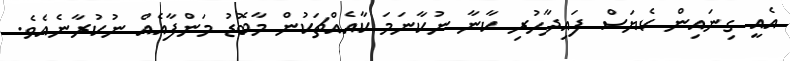
އެއީ ގިނައިން ކެޔަސް ފައިދާހުރި ކާނާ ނުކާނަމަ ކާއެއްޗަކުން މާބޮޑު މަންފާއެއް ނުކުރާނެއެވެ.